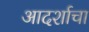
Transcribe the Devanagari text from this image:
आदर्शाचा